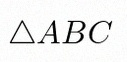
\triangle ABC